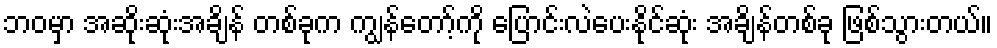
ဘဝမှာ အဆိုးဆုံးအချိန် တစ်ခုက ကျွန်တော့်ကို ပြောင်းလဲပေးနိုင်ဆုံး အချိန်တစ်ခု ဖြစ်သွားတယ်။